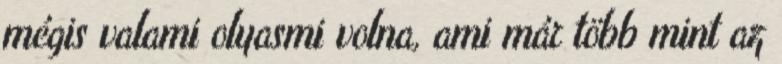
mégis valami olyasmi volna, ami már több mint az